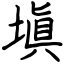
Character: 塡